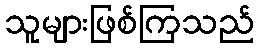
သူများဖြစ်ကြသည်